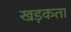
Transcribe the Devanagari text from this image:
खड़कता